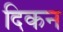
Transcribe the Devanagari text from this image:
दिकन